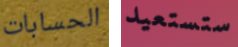
الحسابات ستستعيد